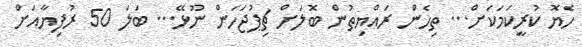
ހެޔޮ ކުރީކަމަކަށް... ތިހެން ރައްޔިތުން ބޮލަށް ޗިޕުޖަހަން ނޫޅޭ... ބަލަ 50 ރުފިޔާއަށް